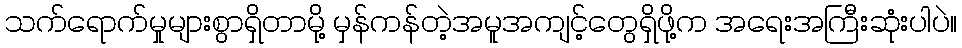
သက်ရောက်မှုများစွာရှိတာမို့ မှန်ကန်တဲ့အမူအကျင့်တွေရှိဖို့က အရေးအကြီးဆုံးပါပဲ။